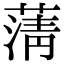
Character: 蔳